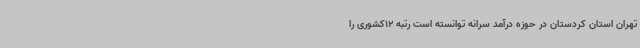
تهران استان کردستان در حوزه درآمد سرانه توانسته است رتبه 12کشوری را